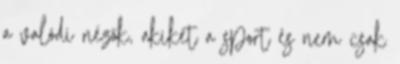
a valódi nézők, akiket a sport és nem csak